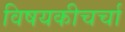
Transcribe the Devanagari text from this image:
विषयकीचर्चा